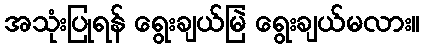
အသုံးပြုရန် ရွေးချယ်မြဲ ရွေးချယ်မလား။